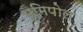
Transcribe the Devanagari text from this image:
भूमिपोल